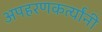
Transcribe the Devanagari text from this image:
अपहरणकर्त्यांनी